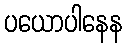
ပယောပါနေန